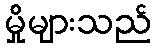
မှိုများသည်